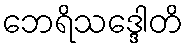
ဘေရိသဒ္ဒေါတိ